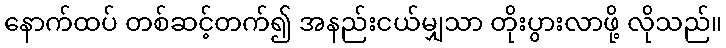
နောက်ထပ် တစ်ဆင့်တက်၍ အနည်းငယ်မျှသာ တိုးပွားလာဖို့ လိုသည်။